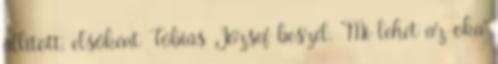
állított, elsőként Tóbiás József beszél. "Mi lehet az oka